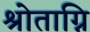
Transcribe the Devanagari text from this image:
श्रोताग्नि